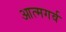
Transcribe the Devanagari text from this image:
आत्मगर्व